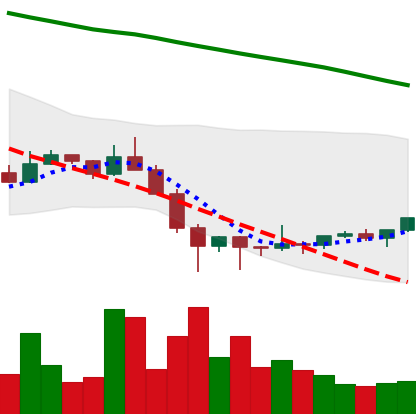
Ticker: ETC-USD
Chart end date: 2022-02-01
Forward return: 11.435%
Label: up_7plus